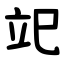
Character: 䇃